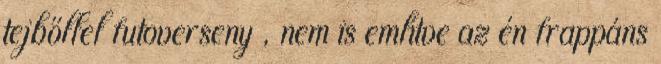
tejbőllel futoverseny , nem is említve az én frappáns